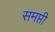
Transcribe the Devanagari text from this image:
समप्ती